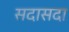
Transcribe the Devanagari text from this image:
सदासदा